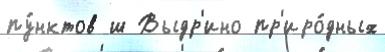
пу́нктов ш Выдр'ино пр'иро́дных